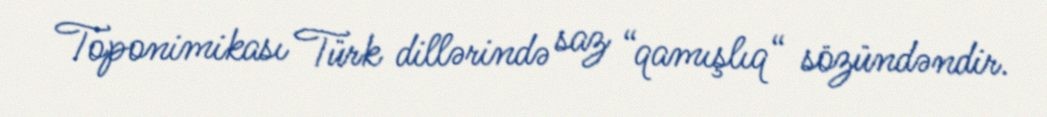
Toponimikası Türk dillərində saz “qamışlıq“ sözündəndir.